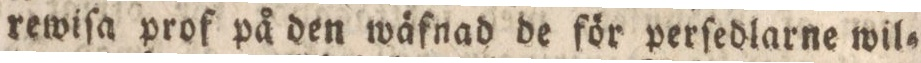
rewiſa prof på den wäfnad de för perſedlarne wil=